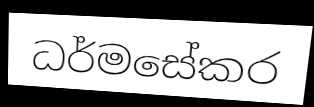
ධර්මසේකර